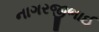
નાગરજીભાઈ